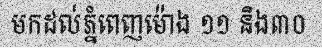
មកដល់ភ្នំពេញម៉ោង ១១ និង៣០